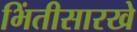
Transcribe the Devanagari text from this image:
भिंतीसारखे